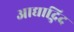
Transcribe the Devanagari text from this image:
आद्याद्भिद